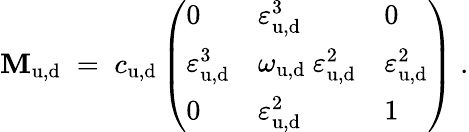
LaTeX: \mathbf{M}_{\mathrm{{u,d}}}\; =\; c_{\mathrm{{u,d}}}\left(\begin{array}{lll}{{0}}&{{\varepsilon_{\mathrm{u,d}}^{3}}}&{{0}}\\ {{\varepsilon_{\mathrm{u,d}}^{3}}}&{{\omega_{\mathrm{u,d}}~\varepsilon_{\mathrm{u,d}}^{2}}}&{{\varepsilon_{\mathrm{u,d}}^{2}}}\\ {{0}}&{{\varepsilon_{\mathrm{u,d}}^{2}}}&{{1}}\end{array}\right)\; .